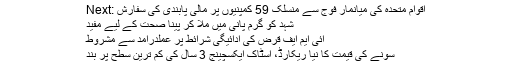
Next: اقوام متحدہ کی میانمار فوج سے منسلک 59 کمپنیوں پر مالی پابندی کی سفارش
شہد کو گرم پانی میں ملا کر پینا صحت کے لیے مفید
آئی ایم ایف قرض کی ادائیگی شرائط پر عملدرآمد سے مشروط
سونے کی قیمت کا نیا ریکارڈ، اسٹاک ایکسچینج 3 سال کی کم ترین سطح پر بند